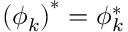
\left( \phi _ { k } \right) ^ { * } = \phi _ { k } ^ { * }